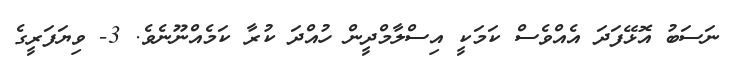
ނަސަބު އޮޅޭފަދަ އެއްވެސް ކަމަކީ އިސްލާމްދީން ހުއްދަ ކުރާ ކަމެއްނޫނެވެ. 3- ވިޔަފަރީގެ